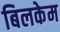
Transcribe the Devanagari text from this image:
बिलकेम